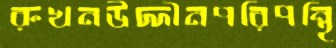
রুখনউদ্দীনপরিপন্থি